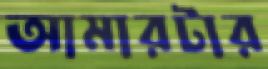
আমারটার